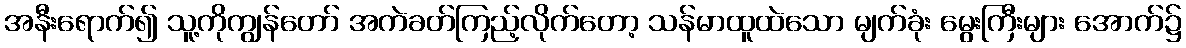
အနီးရောက်၍ သူ့ကိုကျွန်တော် အကဲခတ်ကြည့်လိုက်တော့ သန်မာထူထဲသော မျက်ခုံး မွေးကြီးများ အောက်၌